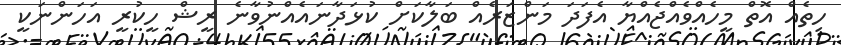
ހިތެއް އޮތް މީހެއްވެއްޖެއްޔާ އެފަދަ މަންޒަރެއް ބަލާކަށް ކުޅަދާނައެއްނުވާނެ ރީޝް ހީކުރީ އަހަންނަކީ